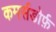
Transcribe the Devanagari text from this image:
कमर्सडोर्फ़